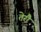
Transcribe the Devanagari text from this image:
तेरौ